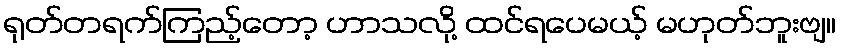
ရုတ်တရက်ကြည့်တော့ ဟာသလို့ ထင်ရပေမယ့် မဟုတ်ဘူးဗျ။